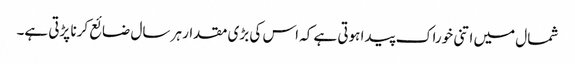
شمال میں اتنی خوراک پیدا ہوتی ہے کہ اس کی بڑی مقدار ہر سال ضائع کرنا پڑتی ہے۔